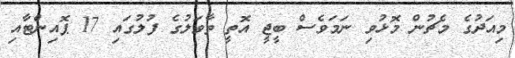
މިއަދުގެ މެޗުން މޮޅުވި ނަމަވެސް ބީޖީ އޮތީ ތާވަލުގެ ފުލުގައި 17 ޕޮއިންޓާއި